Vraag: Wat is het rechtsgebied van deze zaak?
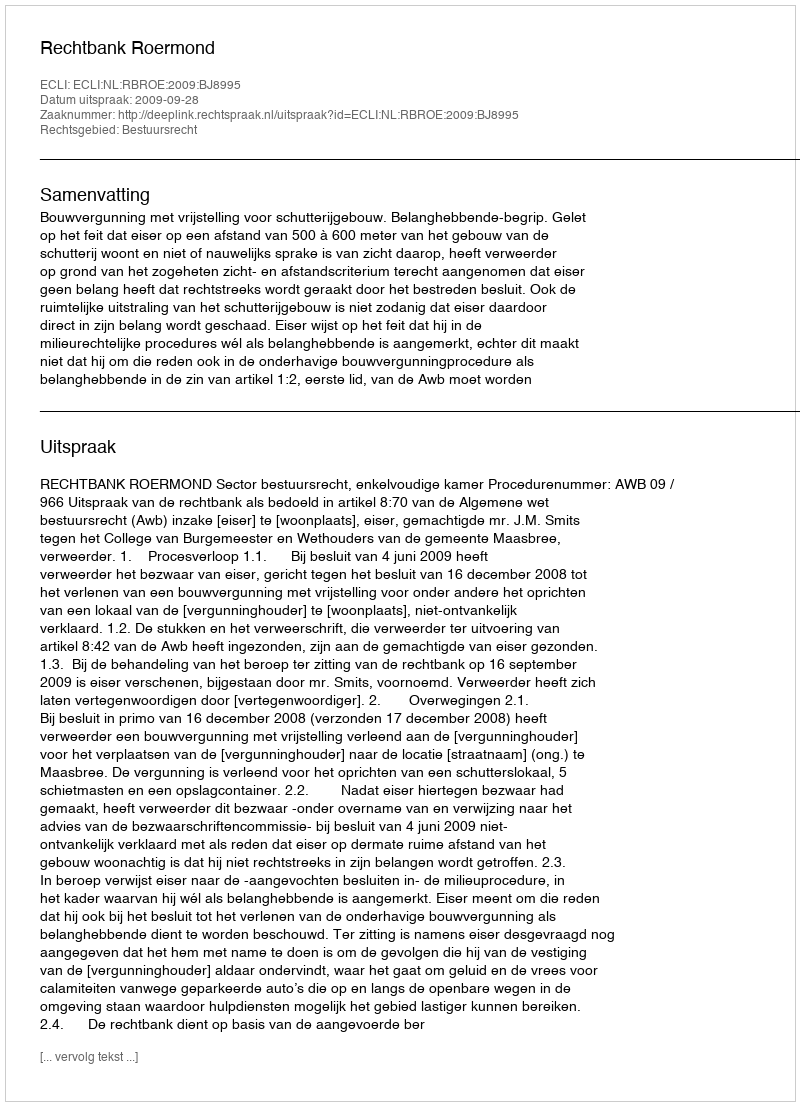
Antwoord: Bestuursrecht